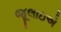
જૂલાઇએ